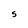
Character: 5